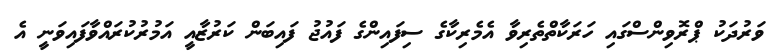
ވަރުދަކު ޕްރޮވިންސްގައި ހަރަކާތްތެރިވާ އެމެރިކާގެ ސިފައިންގެ ފައުޖު ފައިބަން ކަރުޒާއީ އަމުރުކުރައްވާފައިވަނީ އެ